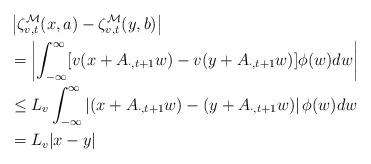
LaTeX: \begin{align*}& \left|\zeta_{v,t}^{\mathcal{M}}(x,a)- \zeta_{v,t}^{\mathcal{M}}(y,b) \right| \\ & = \left|\int_{-\infty}^{\infty} [v(x + A_{\cdot, t+1} w)-v(y + A_{\cdot, t+1} w)] \phi(w)dw \right|\\& \le L_{v} \int_{-\infty}^{\infty} \left|(x + A_{\cdot,t+1} w)-(y + A_{\cdot,t+1} w) \right|\phi(w)dw\\& = L_{v} |x-y|\end{align*}